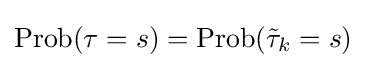
\operatorname {Prob} (\tau =s)=\operatorname {Prob} ({\tilde {\tau }}_{k}=s)